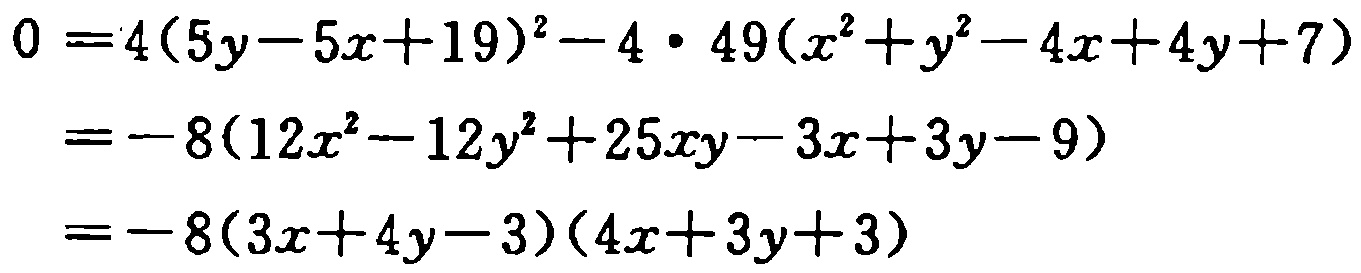
\[

\begin{align*}

0&=4(5y - 5x + 19)^2-4\cdot49(x^2 + y^2-4x + 4y + 7)\\

&=-8(12x^2-12y^2 + 25xy-3x + 3y-9)\\

&=-8(3x + 4y-3)(4x + 3y + 3)

\end{align*}

\]